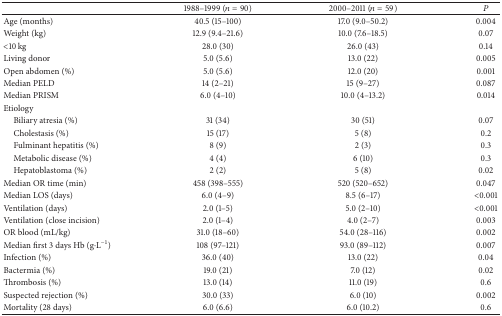
<table><thead><tr><td><b> </b></td><td><b>1988–1999 (<i>n</i> = 90)</b></td><td><b> 2000–2011 (<i>n</i> = 59)</b></td><td><b><i>P</i></b></td></tr></thead><tbody><tr><td>Age (months)</td><td> 40.5 (15–100)</td><td> 17.0 (9.0–50.2)</td><td>0.004</td></tr><tr><td>Weight (kg)</td><td> 12.9 (9.4–21.6)</td><td> 10.0 (7.6–18.5)</td><td> 0.07</td></tr><tr><td>&lt;10 kg</td><td> 28.0 (30)</td><td> 26.0 (43)</td><td> 0.14</td></tr><tr><td>Living donor</td><td> 5.0 (5.6)</td><td> 13.0 (22)</td><td> 0.005</td></tr><tr><td>Open abdomen (%)</td><td> 5.0 (5.6)</td><td> 12.0 (20)</td><td> 0.001</td></tr><tr><td>Median PELD</td><td> 14 (2–21)</td><td> 15 (9–27)</td><td> 0.087</td></tr><tr><td>Median PRISM</td><td> 6.0 (4–10)</td><td> 10.0 (4–13.2)</td><td> 0.014</td></tr><tr><td>Etiology</td><td> </td><td> </td><td> </td></tr><tr><td> Biliary atresia (%) </td><td>31 (34)</td><td> 30 (51)</td><td> 0.07</td></tr><tr><td> Cholestasis (%)</td><td>15 (17)</td><td> 5 (8)</td><td> 0.2</td></tr><tr><td> Fulminant hepatitis (%)</td><td> 8 (9)</td><td> 2 (3)</td><td> 0.3</td></tr><tr><td> Metabolic disease (%) </td><td> 4 (4)</td><td> 6 (10)</td><td> 0.3</td></tr><tr><td> Hepatoblastoma (%) </td><td> 2 (2)</td><td> 5 (8)</td><td> 0.02</td></tr><tr><td>Median OR time (min) </td><td> 458 (398–555)</td><td> 520 (520–652)</td><td> 0.047</td></tr><tr><td>Median LOS (days)</td><td> 6.0 (4–9)</td><td> 8.5 (6–17)</td><td>&lt;0.001</td></tr><tr><td>Ventilation (days)</td><td> 2.0 (1–5)</td><td> 5.0 (2–10)</td><td>&lt;0.001</td></tr><tr><td>Ventilation (close incision) </td><td> 2.0 (1–4)</td><td> 4.0 (2–7)</td><td> 0.003</td></tr><tr><td>OR blood (mL/kg)</td><td> 31.0 (18–60)</td><td> 54.0 (28–116)</td><td> 0.002</td></tr><tr><td>Median first 3 days Hb (g<i>·</i>L<sup>−1</sup>)</td><td> 108 (97–121)</td><td> 93.0 (89–112)</td><td> 0.007</td></tr><tr><td>Infection (%) </td><td> 36.0 (40)</td><td> 13.0 (22)</td><td> 0.04</td></tr><tr><td>Bactermia (%)</td><td> 19.0 (21)</td><td> 7.0 (12)</td><td> 0.02</td></tr><tr><td>Thrombosis (%) </td><td> 13.0 (14)</td><td> 11.0 (19)</td><td> 0.6</td></tr><tr><td>Suspected rejection (%)</td><td> 30.0 (33)</td><td> 6.0 (10)</td><td>0.002</td></tr><tr><td>Mortality (28 days)</td><td> 6.0 (6.6)</td><td> 6.0 (10.2) </td><td> 0.6</td></tr></tbody></table>